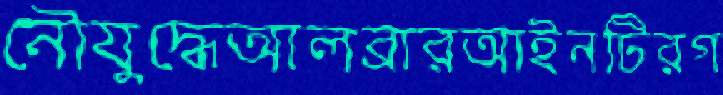
নৌযুদ্ধেআলব্রারআইনটিরগ